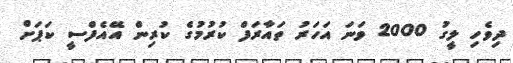
ދިވެހި ލީގު 2000 ވަނަ އަހަރު ތައާރަފް ކުރުމުގެ ކުރިން އޭއެފްސީ ކަޕަށް